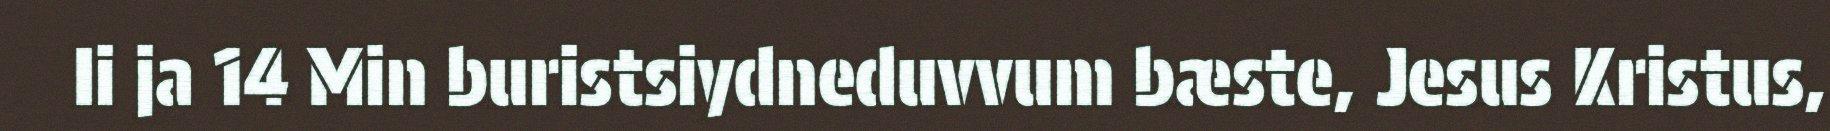
Ii ja 14 Min buristsiydneduvvum bæste, Jesus Kristus,